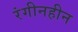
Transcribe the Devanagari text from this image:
रंगीनहीन